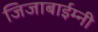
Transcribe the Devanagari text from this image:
जिजाबाईम्नी